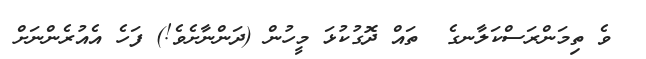
ވެ ތިމަންރަސްކަލާނގެ  ތައް ދޮގުކުޅަ މީހުން (ދަންނާށެވެ!) ފަހެ އެއުރެންނަށް